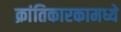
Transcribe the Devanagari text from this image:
क्रांतिकारकामध्ये